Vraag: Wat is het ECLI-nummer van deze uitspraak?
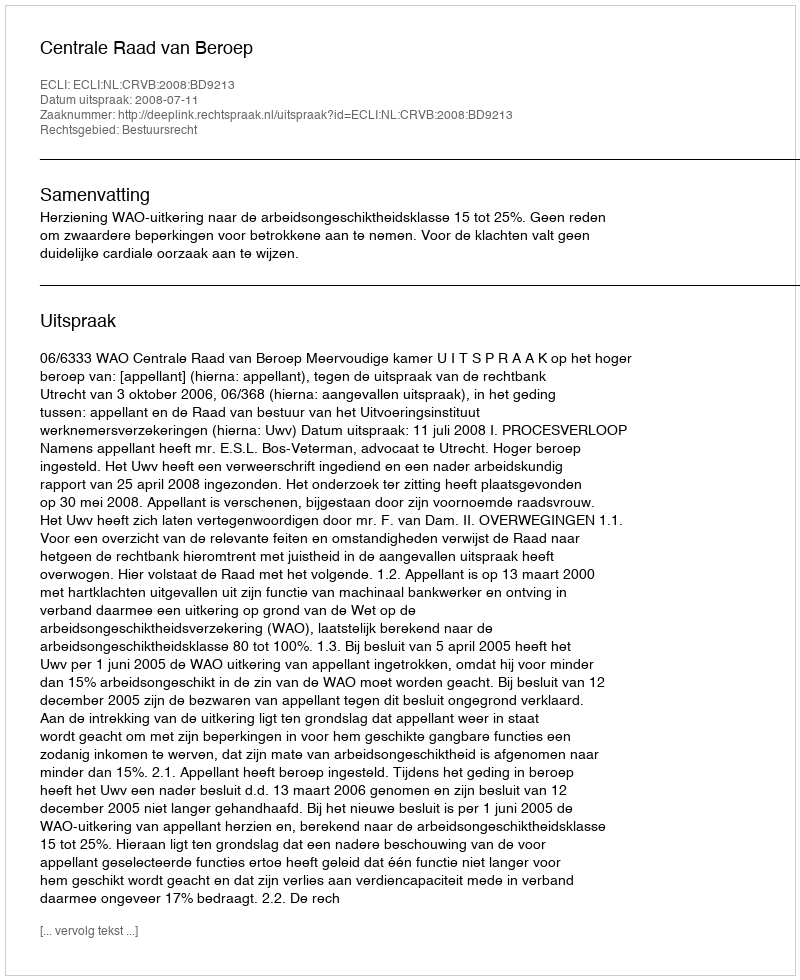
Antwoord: ECLI:NL:CRVB:2008:BD9213